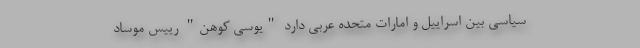
سیاسی بین اسراییل و امارات متحده عربی دارد "یوسی کوهن" رییس موساد